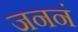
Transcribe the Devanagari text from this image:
जननं